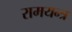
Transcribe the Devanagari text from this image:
रामयन्त्र